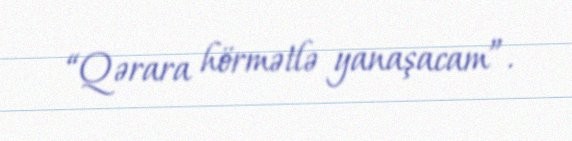
“Qərara hörmətlə yanaşacam”.